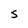
Character: S